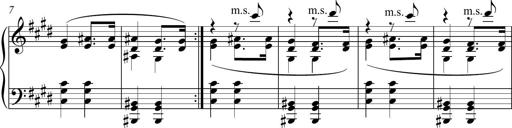
Title: Funeral March and Sonatina
Composer: Thomas Hellemans
Key: C-sharp minor